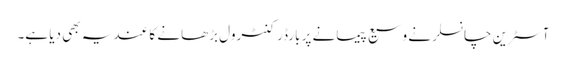
آسٹرین چانسلر نے وسیع پیمانے پر بارڈر کنٹرول بڑھانے کا عندیہ بھی دیا ہے۔